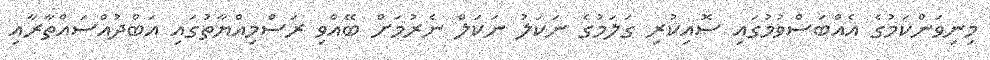
މިނިވަންކަމުގެ އެއްބަސްވުމުގައި ސޮއިކުރި ގަލަމުގެ ނަކަލު ނަކަލް ނެރުމަށް ބޭއްވި ރަސްމިއްޔާތުގައި އަބްދުއްސައްތާރާއި